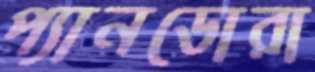
প্যানডোরা